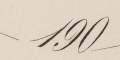
190